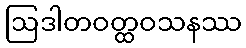
ဩဒါတဝတ္ထဝသနဿ